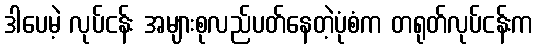
ဒါပေမဲ့ လုပ်ငန်း အများစုလည်ပတ်နေတဲ့ပုံစံက တရုတ်လုပ်ငန်းက